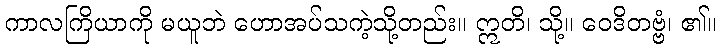
ကာလကြိယာကို မယူဘဲ ဟောအပ်သကဲ့သို့တည်း။ ဣတိ၊ သို့။ ဝေဒိတဗ္ဗံ၊ ၏။